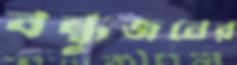
বন্ধুজনের